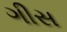
ગીસ